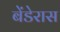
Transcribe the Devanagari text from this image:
बेंडेरास